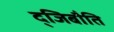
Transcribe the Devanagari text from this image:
द्जिबौति